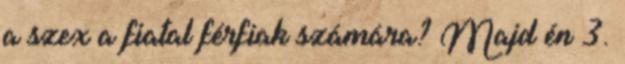
a szex a fiatal férfiak számára? Majd én 3.